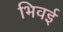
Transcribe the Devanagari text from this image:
भिवई